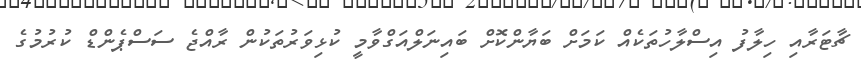
ޗާޓަރާއި ހިލާފު އިސްލާހުތަކެއް ކަމަށް ބަޔާންކޮށް ބައިނަލްއަގްވާމީ ކުޅިވަރުތަކުން ރާއްޖެ ސަސްޕެންޑް ކުރުމުގެ